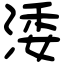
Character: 涹